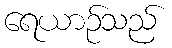
ရေယာဉ်သည်